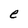
Character: e